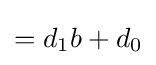
=d_{1}b+d_{0}